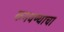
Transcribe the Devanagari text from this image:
कमवण्याचा